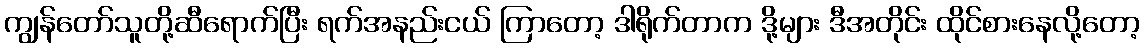
ကျွန်တော်သူတို့ဆီရောက်ပြီး ရက်အနည်းငယ် ကြာတော့ ဒါရိုက်တာက ဒို့များ ဒီအတိုင်း ထိုင်စားနေလို့တော့